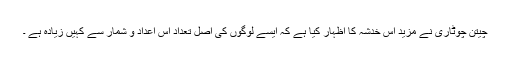
چیتن چوٹاری نے مزید اس خدشہ کا اظہار کیا ہے کہ ایسے لوگوں کی اصل تعداد اس اعداد و شمار سے کہیں زیادہ ہے ۔